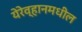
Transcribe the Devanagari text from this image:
येरेव्हानमधील